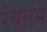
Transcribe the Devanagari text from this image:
रंबलमें